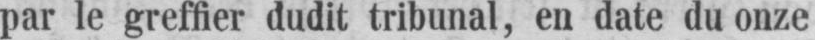
par le greffier dudit tribunal, en date du onze